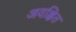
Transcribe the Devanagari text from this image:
अवक्षित